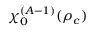
\chi _ { 0 } ^ { ( A - 1 ) } ( \rho _ { c } )